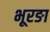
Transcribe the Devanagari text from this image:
भूरङा